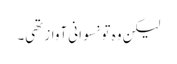
لیکن وہ تو نسوانی آواز تھی۔